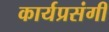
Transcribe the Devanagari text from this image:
कार्यप्रसंगी